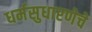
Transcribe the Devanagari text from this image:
धर्मसुधारणेचे